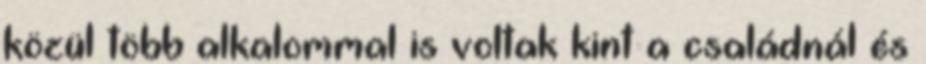
közül több alkalommal is voltak kint a családnál és